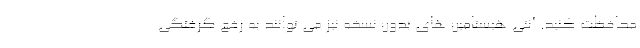
محافظت کنید. آنتی هیستامین های بدون نسخه نیز می توانند به رفع گرفتگی